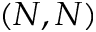
( N , N )